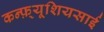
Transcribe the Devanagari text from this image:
कन्फ़्यूशियसाई